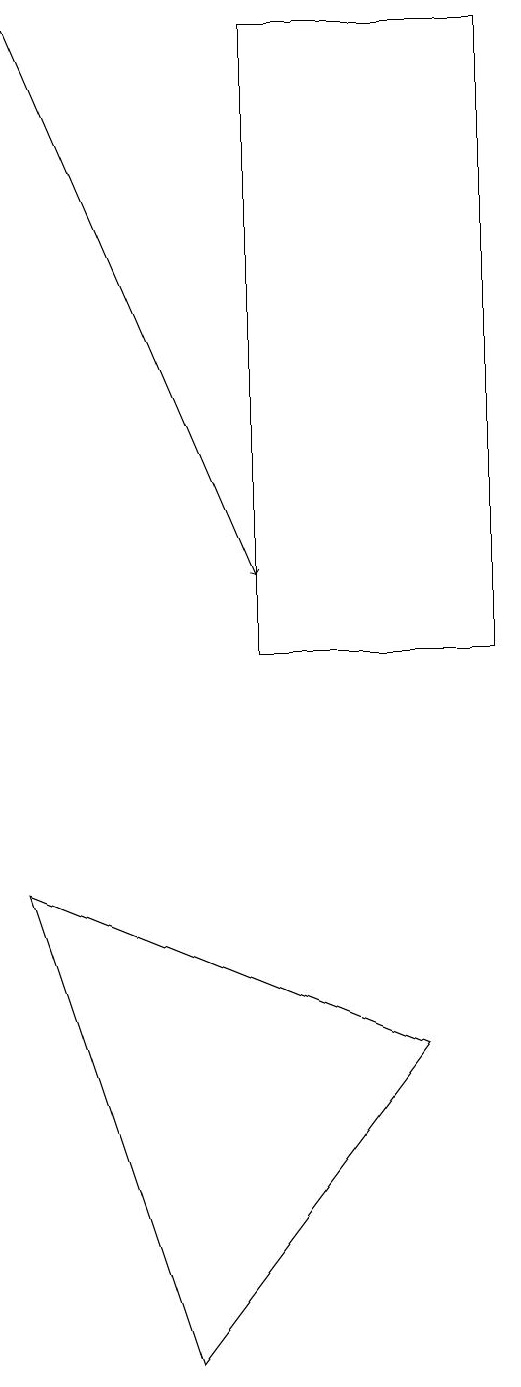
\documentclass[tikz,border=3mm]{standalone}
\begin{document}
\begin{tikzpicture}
\draw (6,10) rectangle (3,18);
\draw (0,7) -- (2,1) -- (5,5) -- cycle;
\draw[->] (0,18) -- (3,11);
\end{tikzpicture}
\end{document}